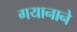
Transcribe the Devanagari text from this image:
गयानाने